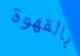
بالقهوة